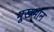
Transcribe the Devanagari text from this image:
मूखभान